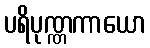
ပရိပုဏ္ဏကာယော